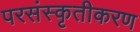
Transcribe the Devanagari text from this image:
परसंस्कृतीकरण